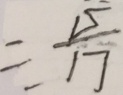
\div \frac { 1 5 } { 1 7 }